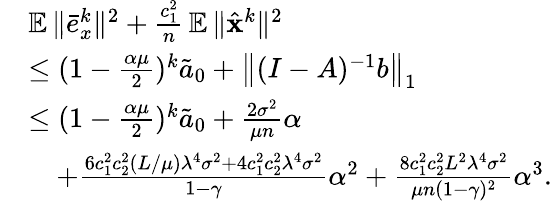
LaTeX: \begin{array}{rl}&{\mathop{\mathbb{E}}\| \bar{e}_{x}^{k}\| ^{2}+\frac{c_{1}^{2}}{n}\mathop{\mathbb{E}}\| \hat{{\mathbf{x}}}^{k}\| ^{2}}\\ &{\leq(1-\frac{\alpha\mu}{2})^{k}\tilde{a}_{0}+\left\| (I-A)^{-1}b\right\| _{1}}\\ &{\leq(1-\frac{\alpha\mu}{2})^{k}\tilde{a}_{0}+\frac{2\sigma^{2}}{\mu n}\alpha}\\ &{\quad+\frac{6c_{1}^{2}c_{2}^{2}(L/\mu)\lambda^{4}\sigma^{2}+4c_{1}^{2}c_{2}^{2}\lambda^{4}\sigma^{2}}{1-\gamma}\alpha^{2}+\frac{8c_{1}^{2}c_{2}^{2}L^{2}\lambda^{4}\sigma^{2}}{\mu n(1-\gamma)^{2}}\alpha^{3}.}\end{array}